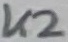
Text: K2